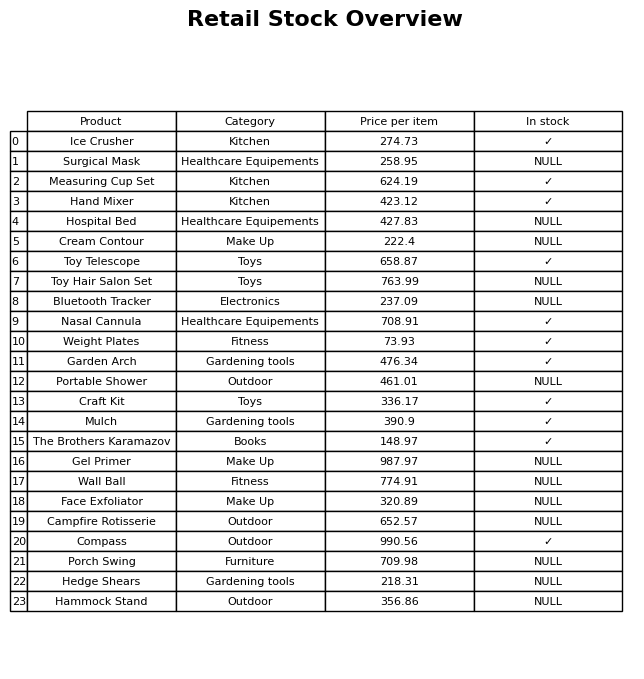
question: What is the stock status of the Hammock Stand?
answer: NULL